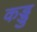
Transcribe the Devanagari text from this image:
कड्डु